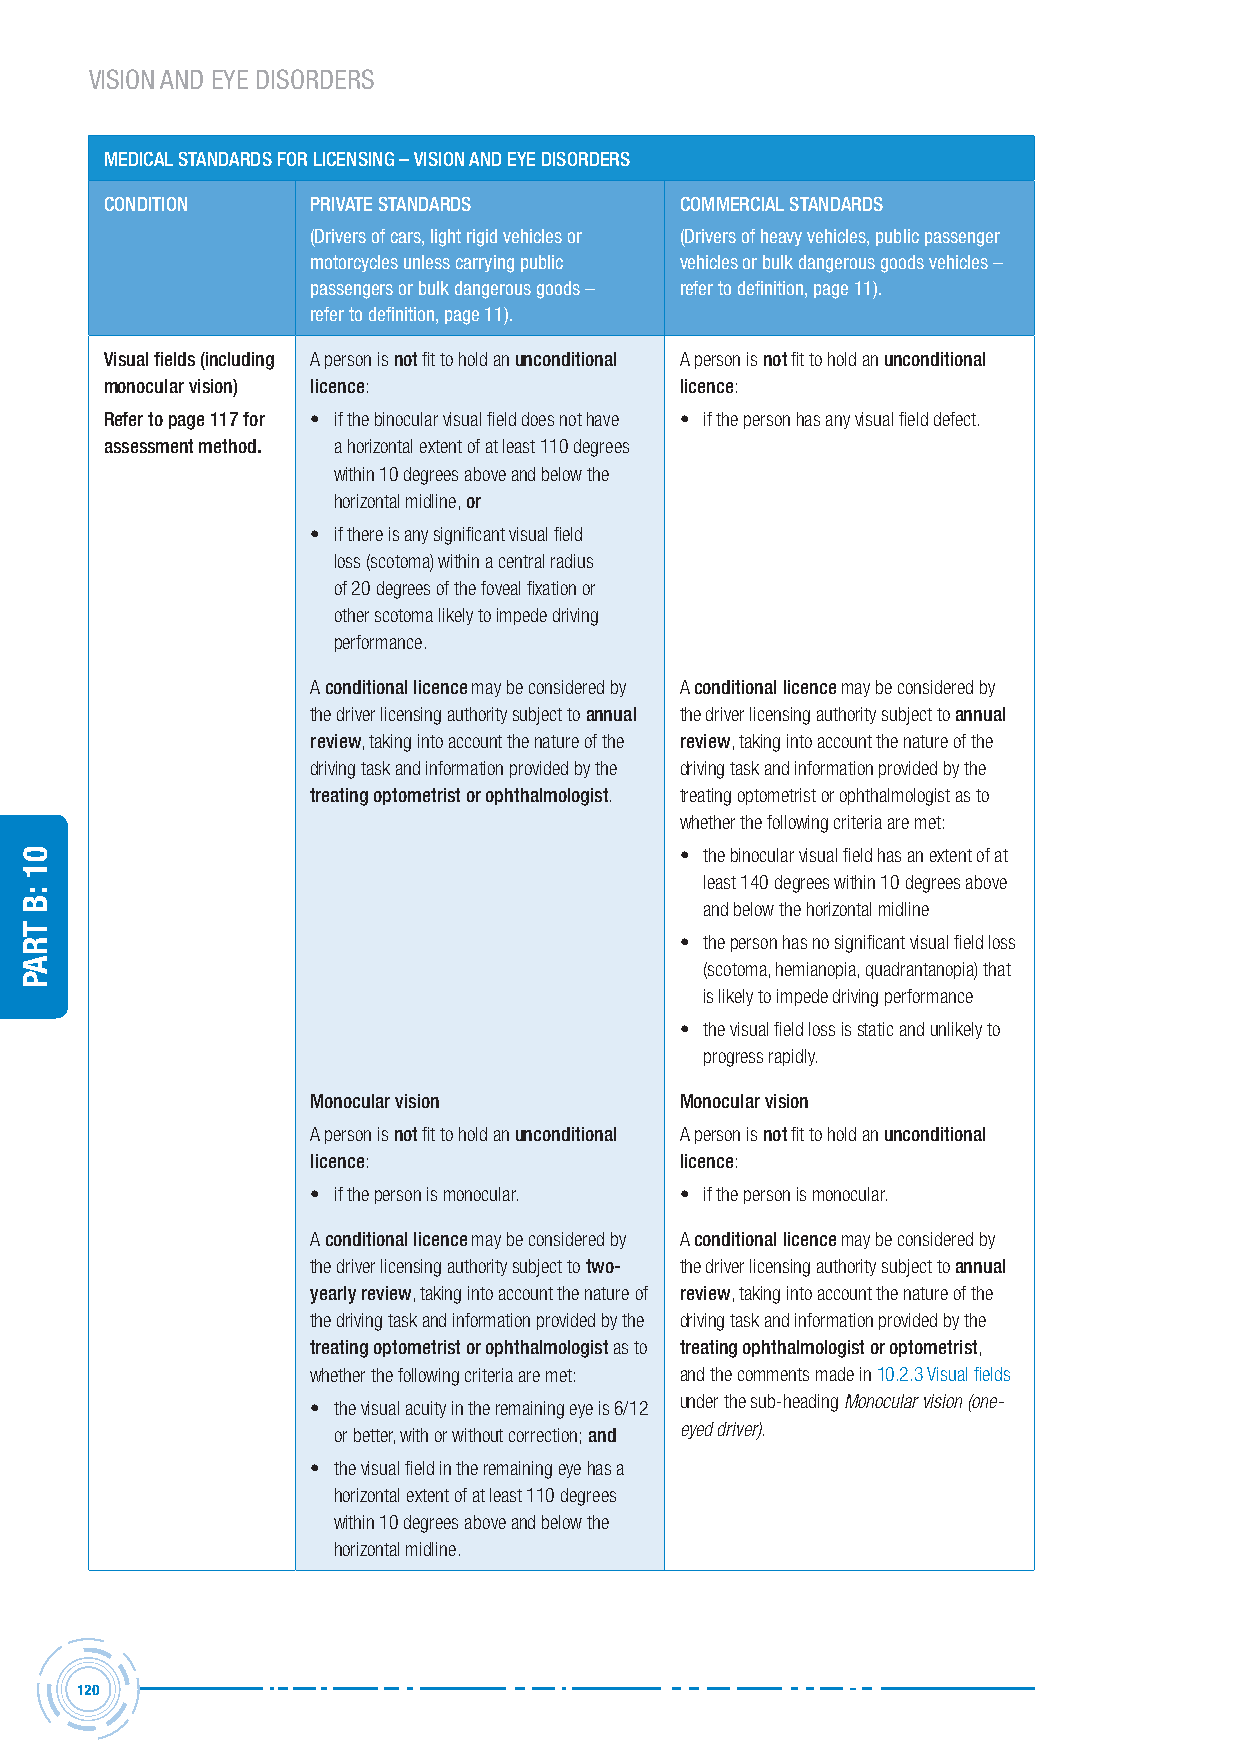
VISION AND EYE DISORDERS
 MeDicAL stAnDArDs For Licensing – vision AnD eYe DisorDers
 conDition     PrivAte stAnDArDs       coMMerciAL stAnDArDs
 (Drivers of cars, light rigid vehicles or (Drivers of heavy vehicles, public passenger
 motorcycles unless carrying public vehicles or bulk dangerous goods vehicles –
 passengers or bulk dangerous goods – refer to definition, page 11).
 refer to definition, page 11).
 visual fields (including A person is not fit to hold an unconditional A person is not fit to hold an unconditional
 monocular vision) licence:            licence:
 refer to page 117 for • if the binocular visual field does not have • if the person has any visual field defect.
 assessment method. a horizontal extent of at least 110 degrees
 within 10 degrees above and below the
 horizontal midline, or
 • if there is any significant visual field
 loss (scotoma) within a central radius
 of 20 degrees of the foveal fixation or
 other scotoma likely to impede driving
 performance.
 A conditional licence may be considered by A conditional licence may be considered by
 the driver licensing authority subject to annual the driver licensing authority subject to annual
 review, taking into account the nature of the review, taking into account the nature of the
 driving task and information provided by the driving task and information provided by the
 treating optometrist or ophthalmologist. treating optometrist or ophthalmologist as to
 whether the following criteria are met:
 • the binocular visual field has an extent of at
 least 140 degrees within 10 degrees above
 and below the horizontal midline
 • the person has no significant visual field loss
 (scotoma, hemianopia, quadrantanopia) that
 is likely to impede driving performance
 • the visual field loss is static and unlikely to
 progress rapidly.
 Monocular vision        Monocular vision
 A person is not fit to hold an unconditional A person is not fit to hold an unconditional
 licence:                licence:
 • if the person is monocular. • if the person is monocular.
 A conditional licence may be considered by A conditional licence may be considered by
 the driver licensing authority subject to two- the driver licensing authority subject to annual
 yearly review, taking into account the nature of review, taking into account the nature of the
 the driving task and information provided by the driving task and information provided by the
 treating optometrist or ophthalmologist as to treating ophthalmologist or optometrist,
 whether the following criteria are met: and the comments made in 10.2.3 Visual fields
 • the visual acuity in the remaining eye is 6/12 under the sub-heading Monocular vision (one-
 or better, with or without correction; and eyed driver).
 • the visual field in the remaining eye has a
 horizontal extent of at least 110 degrees
 within 10 degrees above and below the
 horizontal midline.
 120
 01
 :B
 traP